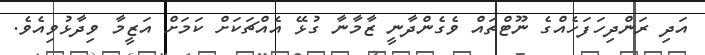
އަދި ރަންދިހަފަހެއްގެ ނޫޓްތައް ވެގެންދާނީ ޒާމާނާ ގުޅޭ އެއްޗަކަށް ކަމަށް އަޒީމާ ވިދާޅުވިއެވެ.